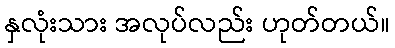
နှလုံးသား အလုပ်လည်း ဟုတ်တယ်။